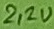
Text: 2,2u